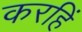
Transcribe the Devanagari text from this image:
करहिं